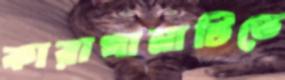
কারাখানাটিতে